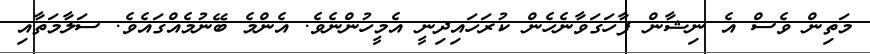
މަތިން ވެސް އެ ނިޝާން ފާހަގަވާނެހެން ކުރަހައިދިނީ އެމީހުންނެވެ. އެންމެ ބޭނުމެއްގައެވެ. ސަލާމަތާއި